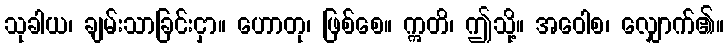
သုခါယ၊ ချမ်းသာခြင်းငှာ။ ဟောတု၊ ဖြစ်စေ။ ဣတိ၊ ဤသို့။ အဝေါစ၊ လျှောက်၏။